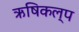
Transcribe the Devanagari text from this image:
ऋषिकल्प